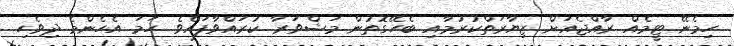
ހިމެނޭ ޓީމެއް ރާއްޖެއަށް ޒިޔާރަތްކުރުމާއި ބެހޭގޮތުން މަޝްވަރާ ކުރައްވާފައެވެ. ހަމަ އެހެންމެ ދިވެހި